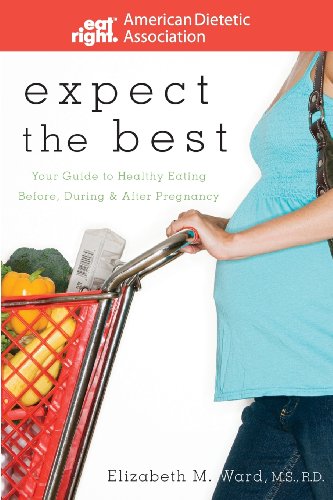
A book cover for Expect the Best: Your Guide to Healthy Eating Before, During, and After Pregnancy; ADA (American Dietetic Association); Health, Fitness & Dieting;